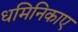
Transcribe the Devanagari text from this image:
धमिनिकाए